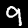
Digit: 9